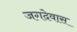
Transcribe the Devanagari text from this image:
जगदेवास